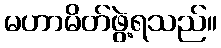
မဟာမိတ်ဖွဲ့ရသည်။